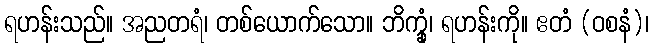
ရဟန်းသည်။ အညတရံ၊ တစ်ယောက်သော။ ဘိက္ခုံ၊ ရဟန်းကို။ ဧတံ (ဝစနံ)၊